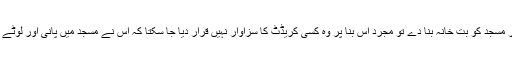
ایک مسجد کا متولی اگر مسجد کو بت خانہ بنا دے تو مجرد اس بنا پر وہ کسی کریڈٹ کا سزاوار نہیں قرار دیا جا سکتا کہ اس نے مسجد میں پانی اور لوٹے کا انتظام کر رکھا ہے۔